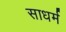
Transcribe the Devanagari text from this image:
साधर्म